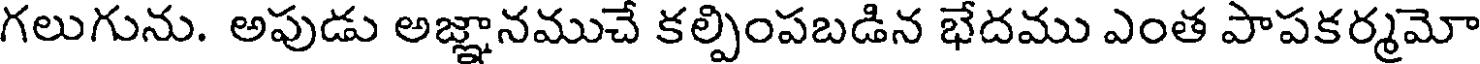
గలుగును. అపుడు అజ్ఞానముచే కల్పింపబడిన భేదము ఎంత పాపకర్మమో